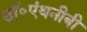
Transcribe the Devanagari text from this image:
डॉ॰एंथनीबी